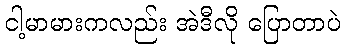
ငါ့မာမားကလည်း အဲဒီလို ပြောတာပဲ